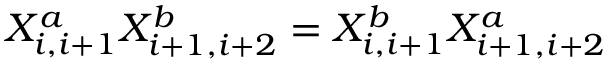
X _ { i , i + 1 } ^ { a } X _ { i + 1 , i + 2 } ^ { b } = X _ { i , i + 1 } ^ { b } X _ { i + 1 , i + 2 } ^ { a }